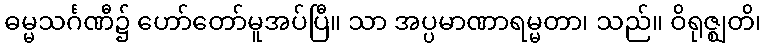
ဓမ္မသင်္ဂဏီ၌ ဟော်တော်မူအပ်ပြီ။ သာ အပ္ပမာဏာရမ္မတာ၊ သည်။ ဝိရုဇ္ဈတိ၊